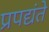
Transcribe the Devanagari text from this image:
प्रपद्यंते